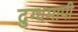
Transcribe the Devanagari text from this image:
दुग्धमापी